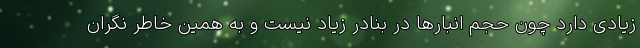
زیادی دارد چون حجم انبارها در بنادر زیاد نیست و به همین خاطر نگران